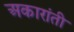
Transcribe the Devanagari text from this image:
अकारांती